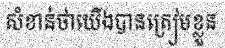
សំខាន់ថាយើងបានត្រៀមខ្លួន